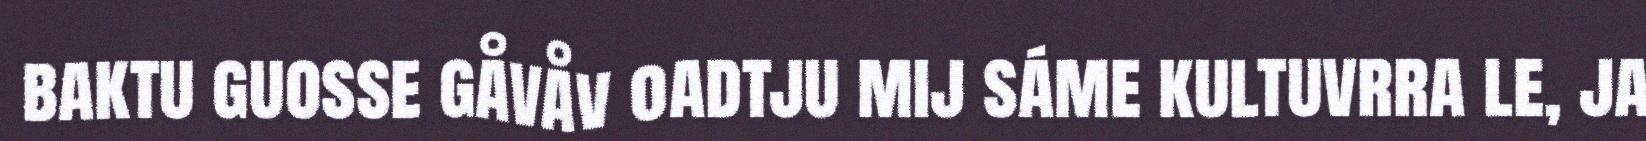
baktu guosse gåvåv oadtju mij sáme kultuvrra le, ja